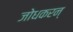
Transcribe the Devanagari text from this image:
जोधकरन्